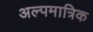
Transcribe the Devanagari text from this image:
अल्पमात्रिक